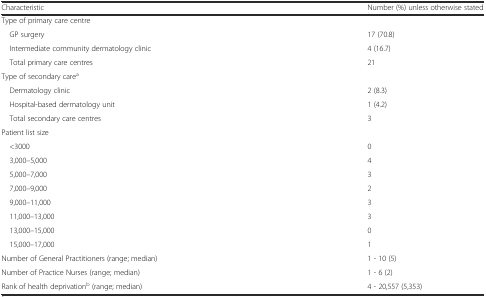
| Characteristic | Number (%) unless otherwise stated |
 | --- | --- |
 | <COLSPAN=2> Type of primary care centre |
 | GP surgery | 17 (70.8) |
 | Intermediate community dermatology clinic | 4 (16.7) |
 | Total primary care centres | 21 |
 | <COLSPAN=2> Type of secondary carea |
 | Dermatology clinic | 2 (8.3) |
 | Hospital-based dermatology unit | 1 (4.2) |
 | Total secondary care centres | 3 |
 | <COLSPAN=2> Patient list size |
 | <3000 | 0 |
 | 3,000–5,000 | 4 |
 | 5,000–7,000 | 3 |
 | 7,000–9,000 | 2 |
 | 9,000–11,000 | 3 |
 | 11,000–13,000 | 3 |
 | 13,000–15,000 | 0 |
 | 15,000–17,000 | 1 |
 | Number of General Practitioners (range; median) | 1 - 10 (5) |
 | Number of Practice Nurses (range; median) | 1 - 6 (2) |
 | Rank of health deprivationb (range; median) | 4 - 20,557 (5,353) |